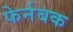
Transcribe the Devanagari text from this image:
फेर्नबक